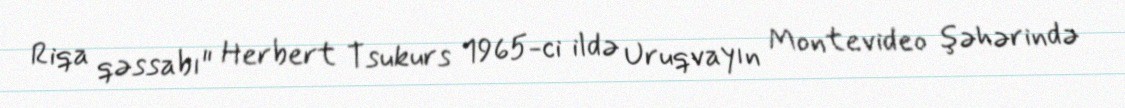
Riqa qəssabı" Herbert Tsukurs 1965-ci ildə Uruqvayın Montevideo şəhərində